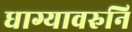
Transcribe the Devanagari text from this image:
धाग्यावरुनि